Vital statistics of India. Vol. IV, Annual returns from 1871 to 1876. British Army of India, Native Army and jails of Bengal
Year: 1871
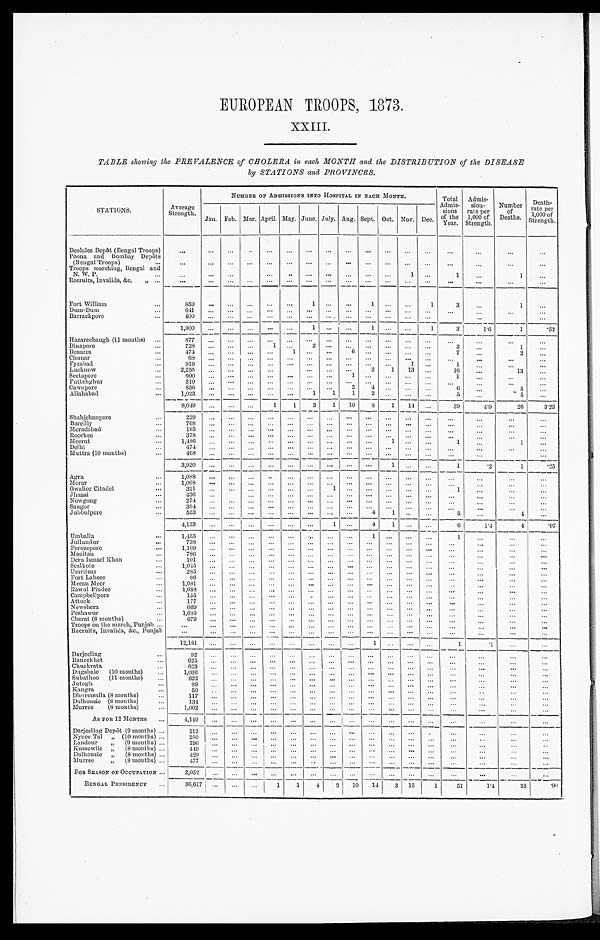
EUROPEAN TROOPS, 1873.
XXIII.
TABLE showing the PREVALENCE of CHOLERA in each MONTH and the DISTRIBUTION of the DISEASE
by STATIONS and PROVINCES.
STATIONS.
Average
Strength.
NUMBER OF ADMISSIONS INTO HOSPITAL IN EACH MONTH.
Total
Admis-
s i o n s o f t h e Y e a r .
Admis-
sio
n - r a t e p e r 1 , 0 0 0
o f S t r e n g t h .
Number o f D e a t h s . Deat h-
rate per
1,000 of
Strength.
Jan. Feb. Mar. April. May. June. July. Aug. Sept. Oct. Nov. Dec.
Deolalee Depôt (Bengal Troops)
. . .
. . .
. . .
. . .
. . .
. . .
. . .
. . .
. . .
. . .
. . .
. . .
. . .
. . .
. . .
. . .
. . .
Poona and Bombay Depôts
(Bengal Troops) . . .
. . .
. . .
. . .
. . .
. . .
. . .
. . .
. . .
. . .
. . .
. . .
. . .
. . .
. . .
. . .
. . .
. . .
Troops marching, Bengal and
N. W. P. . . .
. . .
. . .
. . .
. . .
. . .
. . .
. . .
. . .
. . .
. . .
. . .
1
. . .
1
. . .
1
. . .
Recruits, Invalids, &c. " . . .
. . .
. . .
. . .
. . .
. . .
. . .
. . .
. . .
. . .
. . . . . .
. . .
. . .
. . .
. . .
. . .
. . .
Fort William . . .
859 . . .
. . .
. . .
. . .
. . .
1
. . .
. . .
1
. . . . . .
1
3
. . .
1
. . .
Dum-Dum . . .
6 4 1 . . .
. . .
. . .
. . . . . .
. . .
. . .
. . .
. . . . . .
. . .
. . .
. . .
. . .
. . .
. . .
Barrackpore . . .
4 0 0 . . .
. . .
. . .
. . .
. . .
. . .
. . .
. . .
. . .
. . . . . .
. . .
. . .
. . .
. . .
. . .
1,900 . . .
. . .
. . . . . .
. . .
1
. . .
. . .
1
. . .
. . .
1
3
1.6
1
.53
Hazareebaugh (11 months) . . .
877 . . .
. . .
. . . . . .
. . .
. . .
. . .
. . .
. . .
. . . . . .
. . .
. . .
. . .
. . .
. . .
Dinapore . . .
7 2 8 . . .
. . .
. . .
1
. . .
2
. . . . . .
. . .
. . . . . .
. . .
3
. . .
1
. . .
Benares . . .
474 . . .
. . .
. . .
. . .
1
. . .
. . .
6
. . .
. . .
. . .
. . .
7
. . .
2
. . .
Chunar . . .
68 . . .
. . .
. . .
. . .
. . .
. . . . . .
. . .
. . .
. . .
. . .
. . .
. . .
. . .
. . .
. . .
Fyzabad . . .
919 . . .
. . .
. . .
. . .
. . .
. . .
. . .
. . .
. . .
. . .
1
. . .
1
. . .
. . .
. . .
Lucknow . . .
2 , 2 5 5 . . .
. . .
. . .
. . . . . .
. . .
. . .
. . .
2
1
13
. . .
16
. . .
13 . . .
Seetapore . . .
600 . . .
. . .
. . .
. . . . . .
. . .
. . .
1
. . .
. . .
. . .
. . .
1
. . .
. . .
. . .
Futtehghur . . .
319 . . .
. . .
. . . . . .
. . .
. . .
. . .
. . .
. . .
. . .
. . .
. . .
. . .
. . .
. . .
. . .
Cawnpore . . .
856
. . .
. . . . . .
. . . . . .
. . .
. . .
2
4
. . . . . .
. . .
6
. . .
5
. . .
Allahabad . . .
1,023 . . .
. . .
. . .
. . .
. . .
1
1
1
2
. . . . . .
. . .
5
. . .
5
. . .
8,049 . . .
. . .
. . . 1
1
3
1
10
8
1
14
. . .
39
4.9
26
3.23
Shahjehanpore . . .
229 . . .
. . .
. . .
. . .
. . .
. . .
. . .
. . .
. . .
. . .
. . .
. . .
. . .
. . .
. . .
. . .
Bareilly . . .
7 6 8 . . .
. . .
. . .
. . . . . .
. . .
. . .
. . .
. . .
. . .
. . .
. . .
. . .
. . .
. . .
. . .
Moradabad . . .
1 9 5 . . .
. . .
. . .
. . .
. . .
. . .
. . . . . . . . .
. . .
. . .
. . .
. . .
. . .
. . .
. . .
Roorkee . . .
378 . . .
. . .
. . .
. . .
. . .
. . .
. . .
. . .
. . .
. . .
. . .
. . .
. . .
. . .
. . .
. . .
Meerut . . .
1 , 4 8 6 . . .
. . .
. . .
. . . . . .
. . .
. . . . . .
. . .
. . 1 . . . .
. . .
1
. . .
1
. . .
Delhi . . .
4 7 4 . . .
. . .
. . .
. . . . . .
. . .
. . .
. . .
. . .
. . .
. . .
. . .
. . .
. . .
. . .
. . .
Muttra (10 months) . . .
468
. . .
. . .
. . .
. . . . . .
. . .
. . .
. . .
. . .
. . .
. . .
. . .
. . .
. . .
. . .
. . .
3,920 . . .
. . .
. . .
. . .
. . .
. . .
. . .
. . .
. . .
. . .
. . .
. . .
1
.2
1
.25
Agra . . .
1,088 . . .
. . .
. . .
. . .
. . .
. . .
. . .
. . .
. . .
. . . . . .
. . .
. . .
. . .
. . .
. . .
Morar . . .
1 , 0 6 8 . . .
. . .
. . .
. . .
. . .
. . .
. . .
. . .
. . .
. . . . . .
. . .
. . . . . .
. . .
. . .
Gwalior Citadel . . .
3 2 1 . . .
. . .
. . .
. . .
. . .
. . .
1 . . .
. . .
. . . . . .
. . .
. . 1.
. . .
. . .
. . .
Jhansi . . .
436 . . .
. . . . . .
. . .
. . .
. . .
. . . . . .
. . .
. . .
. . .
. . .
. . .
. . .
. . .
. . .
Nowgong . . .
274 . . .
. . .
. . .
. . .
. . .
. . .
. . .
. . .
. . .
. . .
. . .
. . .
. . .
. . .
. . .
. . .
Saugor . . .
394
. . .
. . .
. . .
. . . . . .
. . .
. . . . . .
. . .
. . . . . .
. . .
. . .
. . .
. . .
. . .
Jubbulpore . . .
553
. . .
. . .
. . .
. . . . . .
. . .
. . . . . .
4
1 . . .
. . .
5
. . .
4
. . .
4 , 1 3 3
. . .
. . .
. . .
. . . . . .
. . . 1
. . .
4
1 . . .
. . .
6
1.4
4 .97
Umballa . . .
1 , 4 3 5
. . .
. . .
. . .
. . . . . .
. . .
. . . . . .
1
. . . . . .
. . .
1
. . .
. . .
. . .
Jullundur . . .
738
. . .
. . . . . .
. . . . . .
. . .
. . .
. . .
. . .
. . .
. . .
. . .
. . .
. . .
. . .
. . .
Ferozepore . . .
1,109
. . .
. . .
. . .
. . . . . .
. . .
. . .
. . . . . .
. . .
. . .
. . .
. . .
. . .
. . .
. . .
Mooltan . . .
786
. . .
. . .
. . .
. . . . . .
. . .
. . .
. . .
. . . . . .
. . .
. . .
. . .
. . .
. . .
. . .
Dent Ismael Khan . . .
101
. . .
. . .
. . .
. . .
. . .
. . .
. . . . . .
. . . . . .
. . .
. . .
. . .
. . .
. . .
. . .
Sealkote . . .
1,045
. . .
. . .
. . .
. . .
. . .
. . .
. . .
. . .
. . .
. . .
. . .
. . .
. . .
. . .
. . .
. . .
Umritsur . . .
2 8 5
. . .
. . .
. . .
. . . . . .
. . .
. . . . . .
. . .
. . .
. . .
. . .
. . .
. . .
. . .
. . .
Fort Lahore . . .
8 6
. . .
. . .
. . .
. . . . . .
. . .
. . .
. . .
. . .
. . . . . .
. . .
. . .
. . .
. . .
. . .
Meean Meer . . .
1 , 0 8 1
. . .
. . .
. . .
. . . . . .
. . .
. . . . . .
. . .
. . . . . .
. . .
. . .
. . .
. . .
. . .
Rawul Pindee . . .
1,688
. . .
. . .
. . .
. . .
. . .
. . .
. . . . . .
. . .
. . .
. . .
. . .
. . .
. . .
. . .
. . .
Campbellpore . . .
1 5 5
. . .
. . .
. . .
. . . . . .
. . .
. . . . . . . . .
. . .
. . .
. . . . . .
. . .
. . . . . .
Attock . . .
177
. . .
. . .
. . .
. . .
. . .
. . .
. . .
. . .
. . .
. . .
. . .
. . .
. . .
. . .
. . .
. . .
Nowshera . . .
669
. . .
. . .
. . .
. . .
. . .
. . .
. . .
. . .
. . .
. . .
. . .
. . .
. . .
. . .
. . .
. . .
Peshawur . . .
1,683
. . .
. . .
. . .
. . .
. . .
. . .
. . .
. . .
. . .
. . .
. . .
. . .
. . .
. . .
. . .
. . .
C h e r a t ( 6 m o n t h s ) . . .
6 7 9
. . .
. . .
. . .
. . . . . .
. . .
. . . . . . . . .
. . .
. . .
. . .
. . .
. . .
. . .
. . .
T r o o p s o n t h e m a r c h , P u n j a b . . .
. . .
. . .
. . .
. . .
. . . . . .
. . .
. . . . . .
. . .
. . . . . .
. . .
. . .
. . .
. . .
. . .
Re c r ui t s , I nva l i ds , &c . , Punj a b . . .
. . .
. . .
. . .
. . .
. . .
. . .
. . .
. . .
. . .
. . .
. . .
. . .
. . .
. . .
. . .
. . .
. . .
12,181
. . .
. . .
. . .
. . .
. . .
. . .
. . .
. . .
1
. . .
. . . . . .
1
.1
. . .
. . .
Darjeeling . . .
82
. . .
. . . . . .
. . .
. . .
. . .
. . .
. . .
. . .
. . .
. . .
. . .
. . .
. . .
. . .
. . .
Raneekhet . . .
6 2 5
. . .
. . .
. . .
. . .
. . .
. . .
. . .
. . .
. . .
. . .
. . . . . .
. . .
. . .
. . .
. . .
Chuckrata . . .
823
. . .
. . .
. . . . . .
. . .
. . .
. . .
. . .
. . .
. . .
. . .
. . .
. . .
. . .
. . .
. . .
Dugshaie (10 months) . . .
1,036
. . .
. . . . . .
. . .
. . .
. . .
. . .
. . .
. . .
. . .
. . .
. . .
. . .
. . .
. . .
. . .
Subathoo (11 months) . . .
822
. . . . . .
. . .
. . .
. . .
. . .
. . .
. . . . . .
. . .
. . . . . .
. . .
. . .
. . .
. . .
Jutogh . . .
8 9
. . .
. . .
. . .
. . .
. . .
. . .
. . .
. . .
. . .
. . .
. . . . . .
. . .
. . .
. . .
. . .
Kangra . . .
5 0
. . .
. . .
. . .
. . . . . .
. . .
. . .
. . .
. . .
. . .
. . . . . .
. . .
. . .
. . .
. . .
Dhurmsalla (8 months) . . .
117
. . .
. . .
. . .
. . .
. . . . . .
. . .
. . .
. . .
. . .
. . .
. . .
. . .
. . .
. . .
. . .
Dalhousie (8 months) . . .
1 3 4
. . .
. . .
. . .
. . .
. . . . . .
. . .
. . .
. . .
. . .
. . . . . .
. . .
. . .
. . .
. . .
Murree (8 months) . . .
1 , 0 0 2
. . .
. . .
. . .
. . .
. . . . . .
. . .
. . .
. . .
. . .
. . .
. . .
. . .
. . .
. . .
. . .
A s F O R M O N T H S . . .
4 , 1 4 9
. . .
. . .
. . .
. . .
. . .
. . . . . .
. . .
. . .
. . .
. . .
. . .
. . .
. . .
. . .
. . .
Darjeeling Depôt (9 months) . . .
112
. . .
. . .
. . .
. . .
. . .
. . .
. . .
. . .
. . .
. . .
. . .
. . .
. . .
. . .
. . .
. . .
Nynee Tal " (10 months) . . .
250
. . .
. . .
. . .
. . .
. . .
. . .
. . .
. . .
. . .
. . .
. . .
. . .
. . .
. . .
. . .
. . .
Landour " (9 months) . . .
1 9 6
. . .
. . .
. . .
. . .
. . .
. . .
. . .
. . .
. . .
. . .
. . .
. . .
. . .
. . .
. . .
. . .
K u s s o w l i e " ( 8 m o n t h s )
. . .
4 4 9
. . .
. . .
. . .
. . .
. . .
. . .
. . .
. . . . . .
. . .
. . .
. . .
. . .
. . .
. . .
. . .
D a l h o u s i e " ( 8 m o n t h s ) . . .
4 2 9
. . .
. . .
. . .
. . .
. . .
. . .
. . .
. . . . . .
. . .
. . .
. . .
. . .
. . .
. . .
. . .
Murree " (8 months) . . .
4 7 7
. . . . . .
. . .
. . .
. . .
. . .
. . .
. . . . . .
. . .
. . .
. . .
. . .
. . .
. . .
. . .
FOR SEASON OF OCCUPATION . . .
2,052
. . .
. . .
. . .
. . .
. . .
. . .
. . .
. . .
. . .
. . .
. . .
. . .
. . .
. . .
. . .
. . .
BENGAL PRESIDENCY . . .
36,617
. . .
. . .
. . .
1
1
4
2
10
14
3 15
1
51
1.4
33
. 9 0